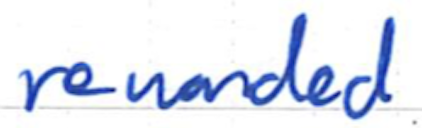
Text: rewarded
Cross-out: clean
Writing tool: ballpoint